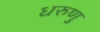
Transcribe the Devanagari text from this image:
धरुणु